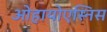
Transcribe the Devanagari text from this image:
ओहायोएस्निस